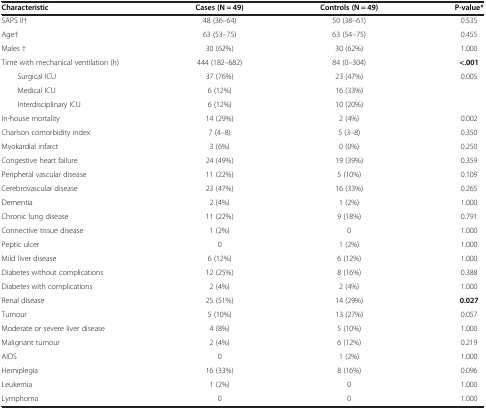
| Characteristic | Cases (N = 49) | Controls (N = 49) | P-value* |
 | --- | --- | --- | --- |
 | SAPS II† | 48 (36–64) | 50 (38–61) | 0.535 |
 | Age† | 63 (53–75) | 63 (54–75) | 0.455 |
 | Males † | 30 (62%) | 30 (62%) | 1.000 |
 | Time with mechanical ventilation (h) | 444 (182–682) | 84 (0–304) | <.001 |
 | Surgical ICU | 37 (76%) | 23 (47%) | <ROWSPAN=3> 0.005 |
 | Medical ICU | 6 (12%) | 16 (33%) |
 | Interdisciplinary ICU | 6 (12%) | 10 (20%) |
 | In-house mortality | 14 (29%) | 2 (4%) | 0.002 |
 | Charlson comorbidity index | 7 (4–8) | 5 (3–8) | 0.350 |
 | Myokardial infarct | 3 (6%) | 0 (0%) | 0.250 |
 | Congestive heart failure | 24 (49%) | 19 (39%) | 0.359 |
 | Peripheral vascular disease | 11 (22%) | 5 (10%) | 0.109 |
 | Cerebrovascular disease | 23 (47%) | 16 (33%) | 0.265 |
 | Dementia | 2 (4%) | 1 (2%) | 1.000 |
 | Chronic lung disease | 11 (22%) | 9 (18%) | 0.791 |
 | Connective tissue disease | 1 (2%) | 0 | 1.000 |
 | Peptic ulcer | 0 | 1 (2%) | 1.000 |
 | Mild liver disease | 6 (12%) | 6 (12%) | 1.000 |
 | Diabetes without complications | 12 (25%) | 8 (16%) | 0.388 |
 | Diabetes with complications | 2 (4%) | 2 (4%) | 1.000 |
 | Renal disease | 25 (51%) | 14 (29%) | 0.027 |
 | Tumour | 5 (10%) | 13 (27%) | 0.057 |
 | Moderate or severe liver disease | 4 (8%) | 5 (10%) | 1.000 |
 | Malignant tumour | 2 (4%) | 6 (12%) | 0.219 |
 | AIDS | 0 | 1 (2%) | 1.000 |
 | Hemiplegia | 16 (33%) | 8 (16%) | 0.096 |
 | Leukemia | 1 (2%) | 0 | 1.000 |
 | Lymphoma | 0 | 0 | 1.000 |